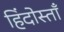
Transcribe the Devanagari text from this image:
हिंदोस्ताँ